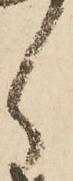
ら